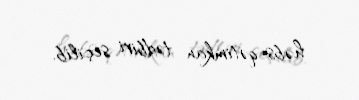
həbs-qətimkan tədbiri seçilib.